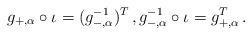
LaTeX: \begin{align*} g_{+,\alpha}\circ \iota =(g_{-,\alpha}^{-1})^T \,, g_{-,\alpha}^{-1}\circ \iota=g_{+,\alpha}^T\,.\end{align*}